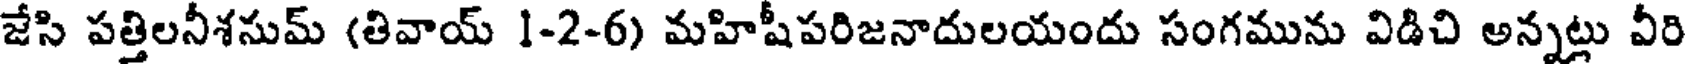
జేసి పత్తిలనీశసుమ్ (తివాయ్ 1-2-6) మహిషీపరిజనాదులయందు సంగమును విడిచి అన్నట్లు వీరి